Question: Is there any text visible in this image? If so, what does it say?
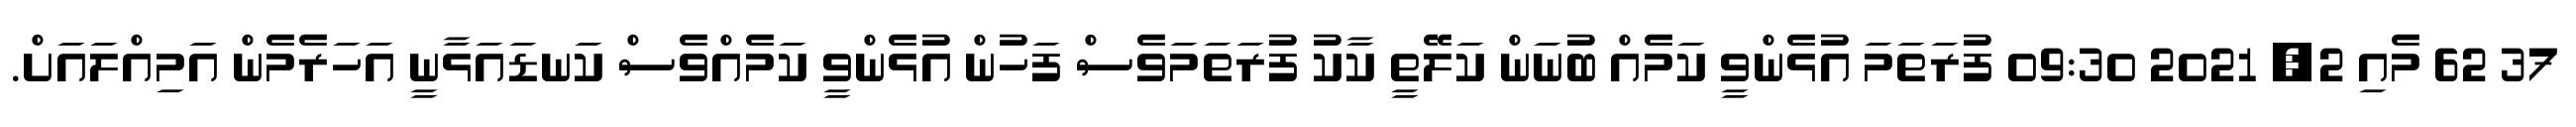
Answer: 37 62 މެއި 2, 2021 09:30 ފުރަތަމަ އުޅެންވީ ކަމެއް ބުނަން ކަލޭތީ ކާކު ފުރަތަމަވެސް ފަހުން އުޅެންވީ ކަމެއްވެސް ކަނޑައަޅާނީ އަހަރެމެން އަމިއްލައަށް.